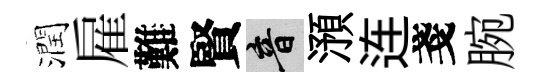
潤雇難賢音澦连戔腕